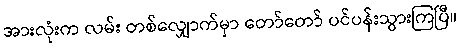
အားလုံးက လမ်း တစ်လျှောက်မှာ တော်တော် ပင်ပန်းသွားကြပြီ။